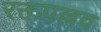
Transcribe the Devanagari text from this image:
रक्तपल्लव